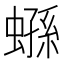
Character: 𧎤